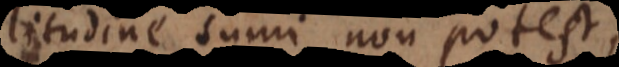
similitudine sumi non potest,